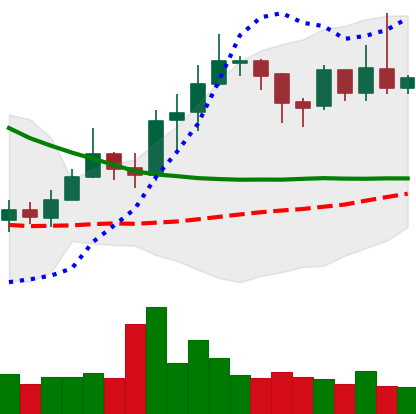
Ticker: ETC-USD
Chart end date: 2019-03-31
Forward return: 20.692%
Label: up_7plus